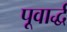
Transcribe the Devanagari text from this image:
पूवार्द्ध